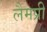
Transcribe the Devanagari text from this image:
लैमप्री